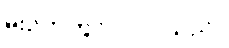
မိုးဥတုတွင် ပါဝင်သည်။